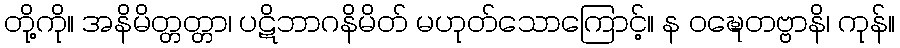
တို့ကို။ အနိမိတ္တတ္တာ၊ ပဋိဘာဂနိမိတ် မဟုတ်သောကြောင့်။ န ဝဍ္ဎေတဗ္ဗာနိ၊ ကုန်။